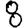
Digit: 8